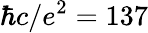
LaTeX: \hbar c/e^{2}=137